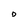
Character: D